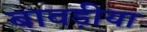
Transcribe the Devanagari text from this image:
बावड़ीया